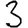
Digit: 3